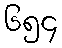
၆၅၄